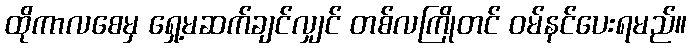
ထိုကာလစေမှ ရှေ့မဆက်ချင်လျှင် တစ်လကြိုတင် ဝမ်နင်ပေးရမည်။